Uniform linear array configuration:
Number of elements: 48
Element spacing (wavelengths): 0.5
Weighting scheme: uniform
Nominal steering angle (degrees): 30
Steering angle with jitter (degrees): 29.259
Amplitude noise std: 0.05
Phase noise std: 0.05

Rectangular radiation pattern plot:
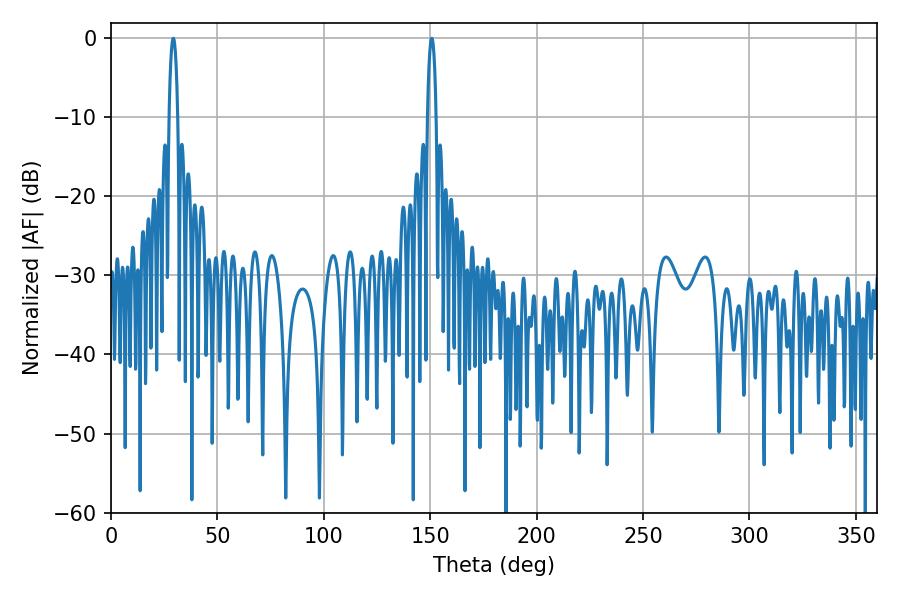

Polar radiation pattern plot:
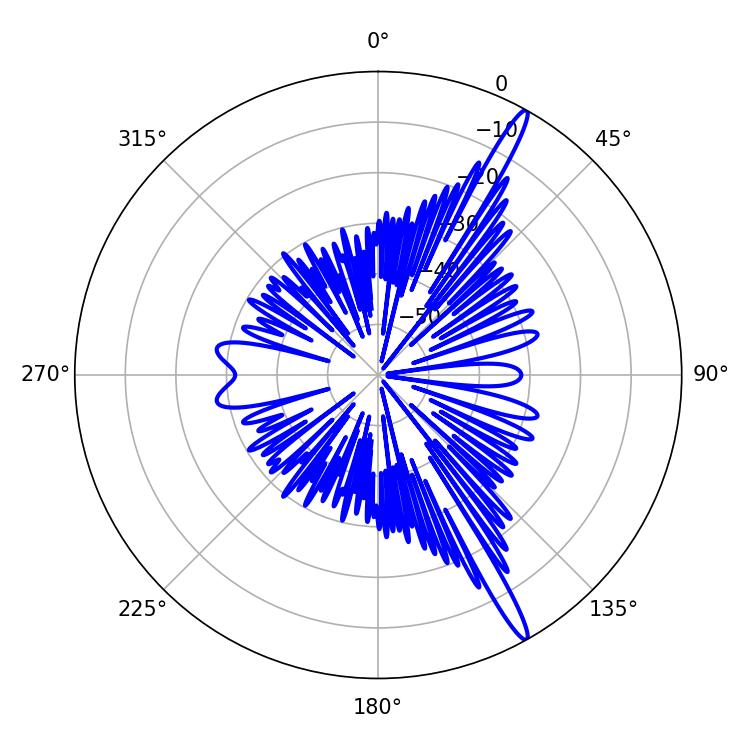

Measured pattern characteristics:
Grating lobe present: FALSE
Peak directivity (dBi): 16.347
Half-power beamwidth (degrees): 2.34
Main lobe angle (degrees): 150.66